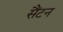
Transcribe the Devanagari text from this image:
सैंटन